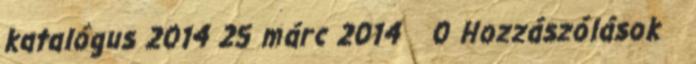
katalógus 2014 25 márc 2014 0 Hozzászólások